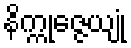
နိက္ကုဇ္ဇေယျုံ